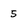
Character: 5